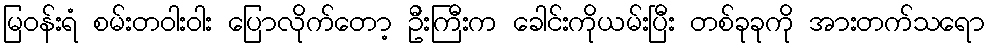
မြဝန်းရံ စမ်းတဝါးဝါး ပြောလိုက်တော့ ဦးကြီးက ခေါင်းကိုယမ်းပြီး တစ်ခုခုကို အားတက်သရော